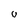
Character: v